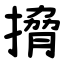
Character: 搚